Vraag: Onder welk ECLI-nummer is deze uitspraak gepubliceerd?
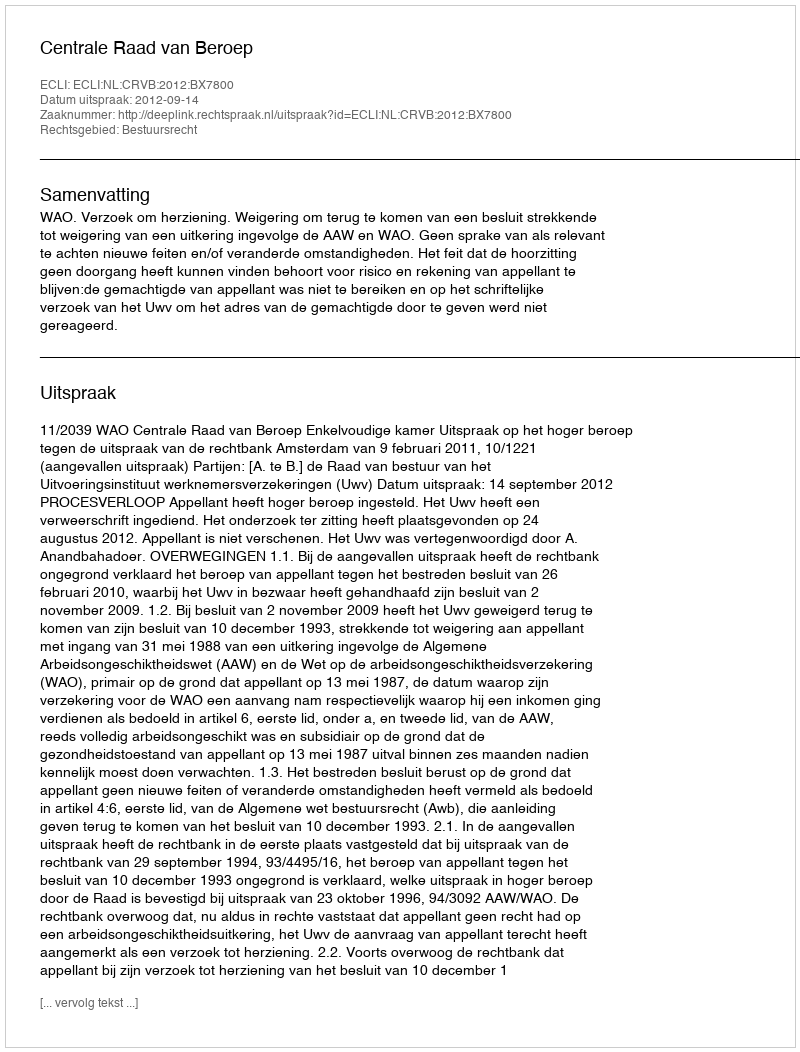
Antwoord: ECLI:NL:CRVB:2012:BX7800